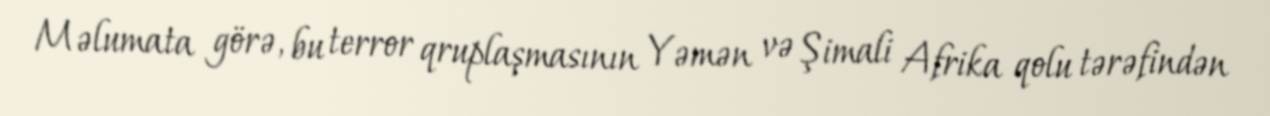
Məlumata görə, bu terror qruplaşmasının Yəmən və Şimali Afrika qolu tərəfindən